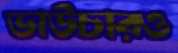
ভাউচারও